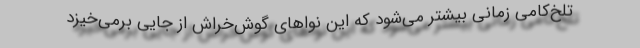
تلخ‌کامی زمانی بیشتر می‌شود که این نواهای گوش‌خراش از جایی برمی‌خیزد